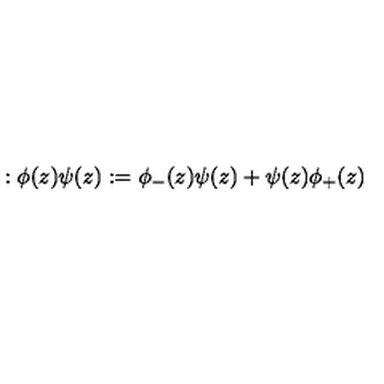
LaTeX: : \phi ( z ) \psi ( z ) : = \phi _ { - } ( z ) \psi ( z ) + \psi ( z ) \phi _ { + } ( z )